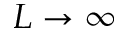
L \rightarrow \infty